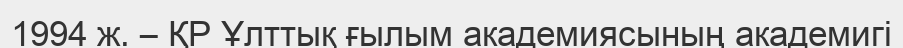
1994 ж. – ҚР Ұлттық ғылым академиясының академигі